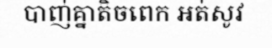
បាញ់គ្នាតិចពេក អត់សូវ